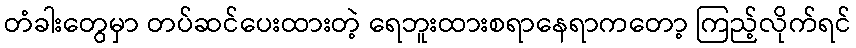
တံခါးတွေမှာ တပ်ဆင်ပေးထားတဲ့ ရေဘူးထားစရာနေရာကတော့ ကြည့်လိုက်ရင်